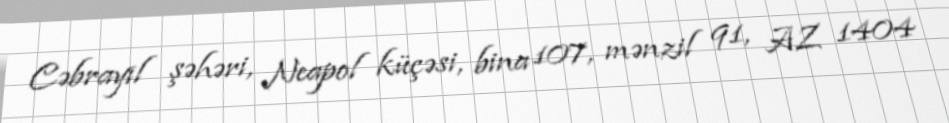
Cəbrayıl şəhəri, Neapol küçəsi, bina 107, mənzil 91, AZ 1404